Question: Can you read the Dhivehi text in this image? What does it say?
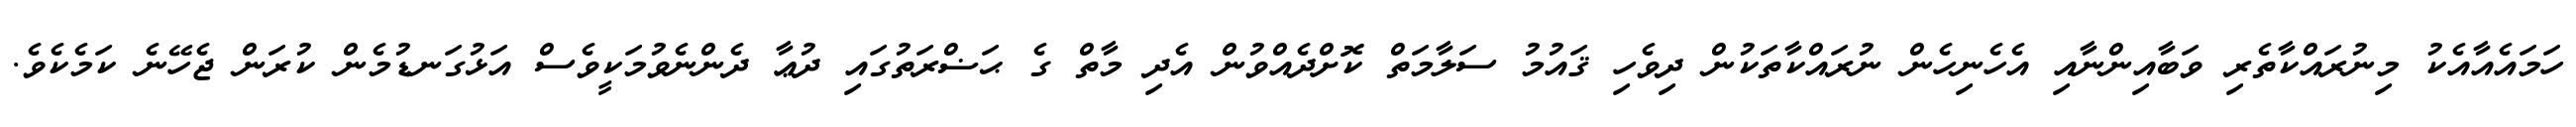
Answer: ހަމައެއާއެކު މިނުރައްކާތެރި ވަބާއިންނާއި އެހެނިހެން ނުރައްކާތަކުން ދިވެހި ޤައުމު ސަލާމަތް ކޮށްދެއްވުން އެދި މާތް ގެ ޙަޟްރަތުގައި ދުޢާ ދެންނެވުމަކީވެސް އަޅުގަނޑުމެން ކުރަން ޖެހޭނެ ކަމެކެވެ.